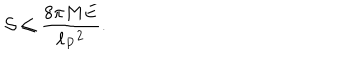
LaTeX: { \cal S } \leq { \frac { 8 \pi M E } { \ell _ { P } { } ^ { 2 } } } .